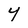
Character: 4